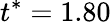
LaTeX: t^{*}=1.80